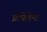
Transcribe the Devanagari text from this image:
प्रोपेलेन्ट